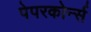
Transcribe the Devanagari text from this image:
पेपरकोर्न्स